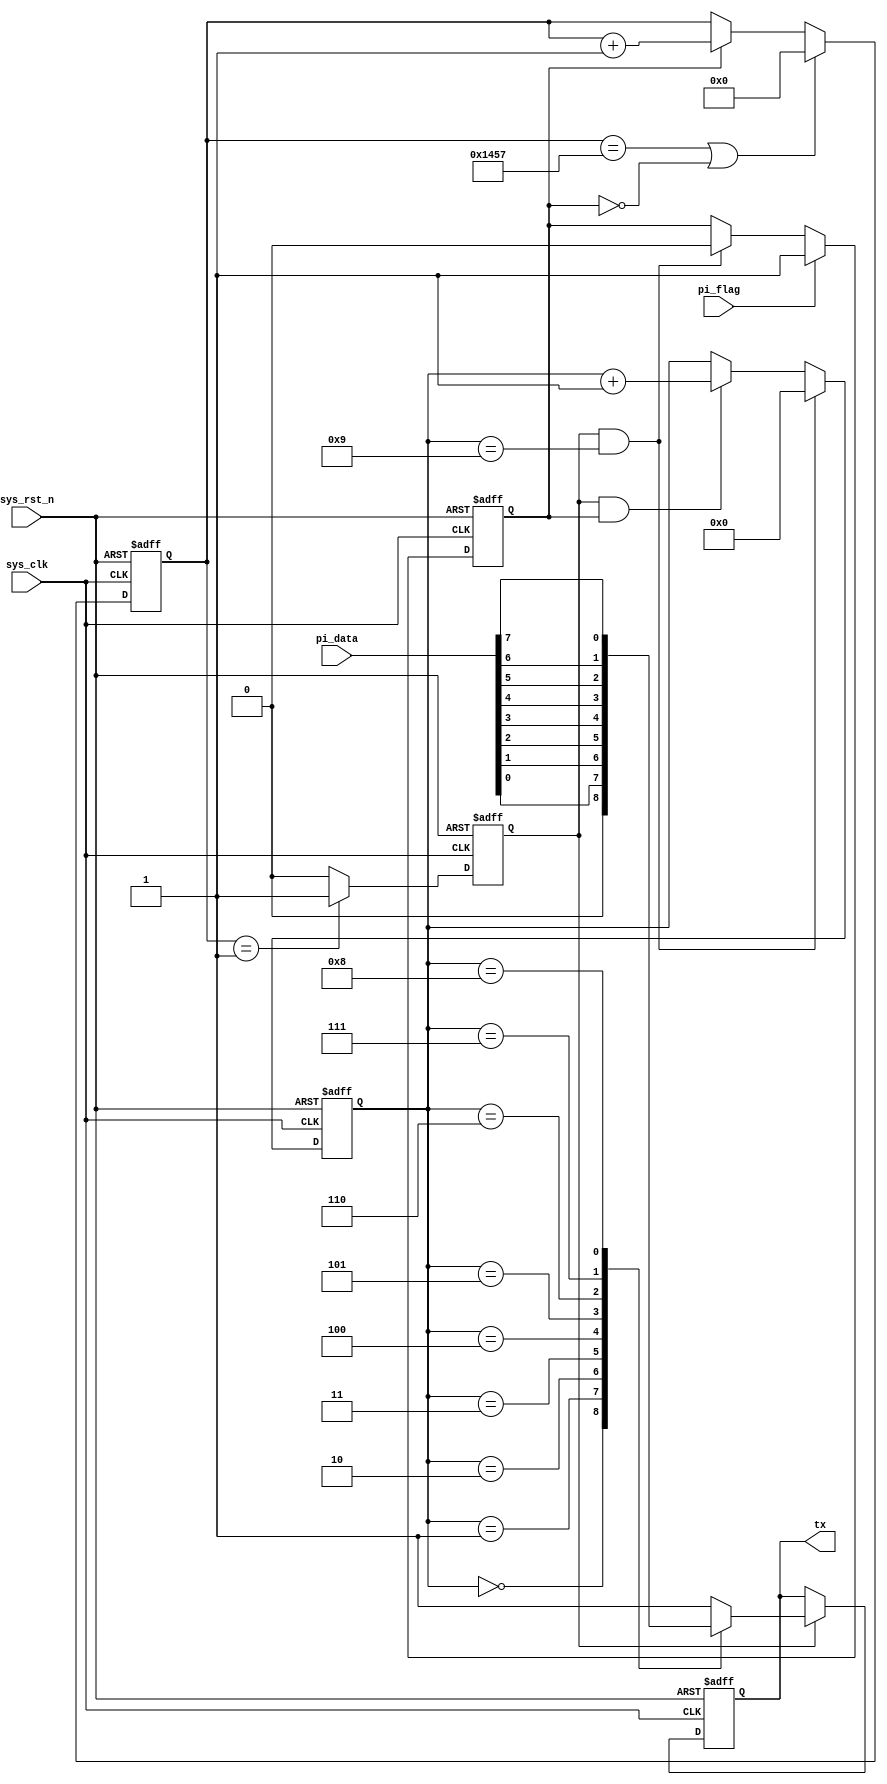
module  uart_tx
#(
    parameter   UART_BPS    =   'd9600,         //
    parameter   CLK_FREQ    =   'd50_000_000    //
)(
     input   wire            sys_clk     ,   //50MHz
     input   wire            sys_rst_n   ,   //
     input   wire    [7:0]   pi_data     ,   //8bit
     input   wire            pi_flag     ,   //
 
     output  reg             tx              //1bit
);


//localparam    define
localparam  BAUD_CNT_MAX    =   CLK_FREQ/UART_BPS   ;

//reg   define
reg [12:0]  baud_cnt;
reg         bit_flag;
reg [3:0]   bit_cnt ;
reg         work_en ;


//work_en:
always@(posedge sys_clk or negedge sys_rst_n) begin
        if(sys_rst_n == 1'b0)
            work_en <= 1'b0;
        else    if(pi_flag == 1'b1)
            work_en <= 1'b1;
        else    if((bit_flag == 1'b1) && (bit_cnt == 4'd9))
            work_en <= 1'b0;
end
            
//baud_cnt:0BAUD_CNT_MAX - 1
always@(posedge sys_clk or negedge sys_rst_n) begin
        if(sys_rst_n == 1'b0)
            baud_cnt <= 13'b0;
        else    if((baud_cnt == BAUD_CNT_MAX - 1) || (work_en == 1'b0))
            baud_cnt <= 13'b0;
        else    if(work_en == 1'b1)
            baud_cnt <= baud_cnt + 1'b1;
end

//bit_flag:baud_cnt1bit_flag
always@(posedge sys_clk or negedge sys_rst_n) begin
        if(sys_rst_n == 1'b0)
            bit_flag <= 1'b0;
        else    if(baud_cnt == 13'd1)
            bit_flag <= 1'b1;
        else
            bit_flag <= 1'b0;
end
            
//bit_cnt:10
always@(posedge sys_clk or negedge sys_rst_n) begin
    if(sys_rst_n == 1'b0)
        bit_cnt <= 4'b0;
    else    if((bit_flag == 1'b1) && (bit_cnt == 4'd9))
        bit_cnt <= 4'b0;
    else    if((bit_flag == 1'b1) && (work_en == 1'b1))
        bit_cnt <= bit_cnt + 1'b1;
end

//tx:rs23201
always@(posedge sys_clk or negedge sys_rst_n) begin
        if(sys_rst_n == 1'b0)
            tx <= 1'b1; //
        else    if(bit_flag == 1'b1)
            case(bit_cnt)
                0       : tx <= 1'b0;
                1       : tx <= pi_data[0];
                2       : tx <= pi_data[1];
                3       : tx <= pi_data[2];
                4       : tx <= pi_data[3];
                5       : tx <= pi_data[4];
                6       : tx <= pi_data[5];
                7       : tx <= pi_data[6];
                8       : tx <= pi_data[7];
                9       : tx <= 1'b1;
                default : tx <= 1'b1;
            endcase
end
endmodule